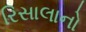
રિસાલાનો